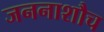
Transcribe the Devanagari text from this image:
जननाशौच